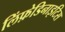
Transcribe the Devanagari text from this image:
लिंफ़ेडिनाइटिस